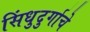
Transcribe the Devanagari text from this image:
सिंधुदुर्गाचे